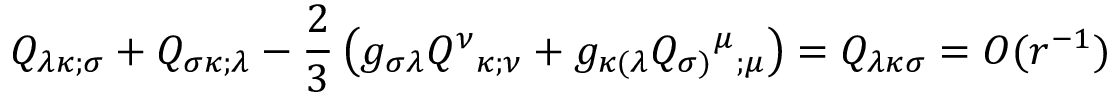
Q _ { \lambda \kappa ; \sigma } + Q _ { \sigma \kappa ; \lambda } - \frac { 2 } { 3 } \left( g _ { \sigma \lambda } Q ^ { \nu } { _ { \kappa ; \nu } } + g _ { \kappa ( \lambda } Q _ { \sigma ) } { ^ { \mu } } { _ { ; \mu } } \right) = { \cal Q } _ { \lambda \kappa \sigma } = O ( r ^ { - 1 } )